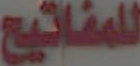
للمفاتيح